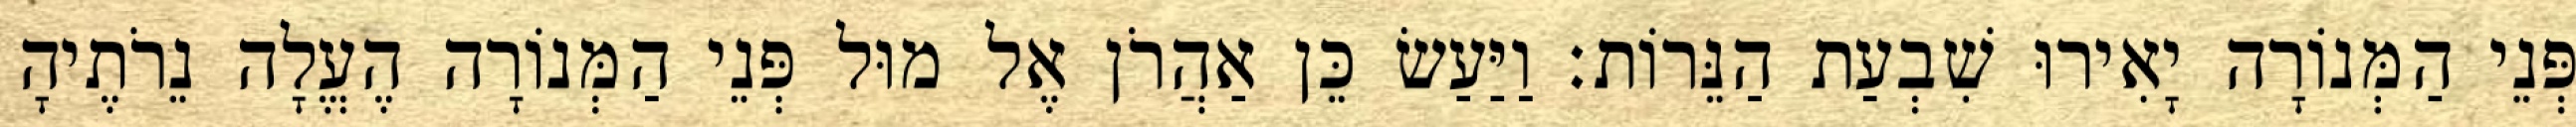
פְּנֵי הַמְּנוֹרָה יָאִירוּ שִׁבְעַת הַנֵּרוֹת׃ וַיַּעַשׂ כֵּן אַהֲרֹן אֶל מוּל פְּנֵי הַמְּנוֹרָה הֶעֱלָה נֵרֹתֶיהָ